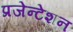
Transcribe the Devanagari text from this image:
प्रजेन्टेशन